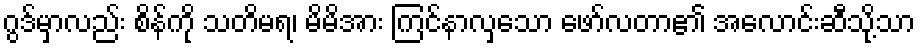
ဂွဒ်မှာလည်း စိန်ကို သတိမရ၊ မိမိအား ကြင်နာလှသော ဖော်လတာ၏ အလောင်းဆီသို့သာ